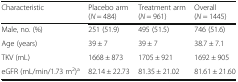
<table><thead><tr><td><b>Characteristic</b></td><td><b>Placebo arm(<i>N</i> = 484)</b></td><td><b>Treatment arm(<i>N</i> = 961)</b></td><td><b>Overall(<i>N</i> = 1445)</b></td></tr></thead><tbody><tr><td>Male, no. (%)</td><td>251 (51.9)</td><td>495 (51.5)</td><td>746 (51.6)</td></tr><tr><td>Age (years)</td><td>39 ± 7</td><td>39 ± 7</td><td>38.7 ± 7.1</td></tr><tr><td>TKV (mL)</td><td>1668 ± 873</td><td>1705 ± 921</td><td>1692 ± 905</td></tr><tr><td>eGFR (mL/min/1.73 m<sup>2</sup>)<sup>a</sup></td><td>82.14 ± 22.73</td><td>81.35 ± 21.02</td><td>81.61 ± 21.60</td></tr></tbody></table>